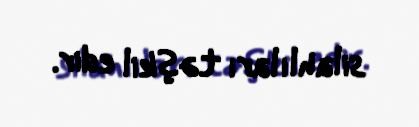
silahlıları təşkil edir.